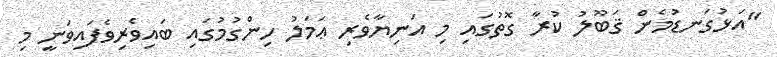
"އަޅުގަނޑުމެން ޤަބޫލު ކުރާ ގޮތުގައި މި އަނިޔާވެރި ޢަމަލު ހިންގުމުގައި ބައިވެރިވެފައިވަނީ މި